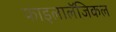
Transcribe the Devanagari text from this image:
फाइलालॅजिकल